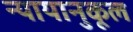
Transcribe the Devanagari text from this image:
न्यायानुकूल